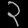
Digit: ၃